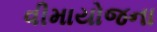
વીમાયોજના